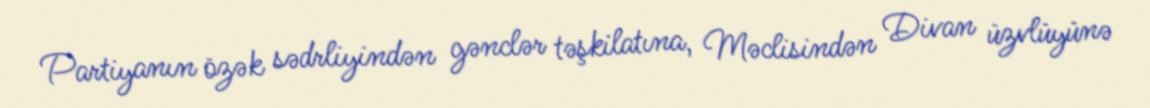
Partiyanın özək sədrliyindən gənclər təşkilatına, Məclisindən Divan üzvlüyünə